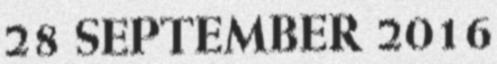
28 SEPTEMBER 2016